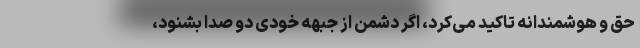
حق و هوشمندانه تاکید می‌کرد، اگر دشمن از جبهه خودی دو صدا بشنود،